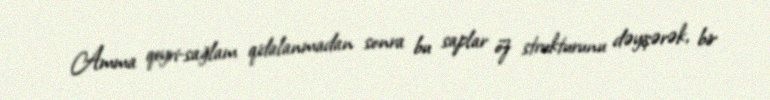
Amma qeyri-sağlam qidalanmadan sonra bu saplar öz strukturunu dəyişərək, bir